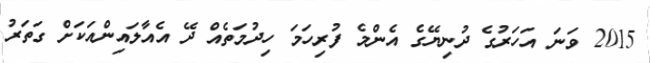
2015 ވަނަ އަހަރުގެ ދުނިޔޭގެ އެންމެ ފުރިހަމަ ހިދުމަތެއް ދޭ އެއާލައިންއަކަށް ގަތަރު